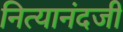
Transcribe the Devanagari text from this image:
नित्यानंदजी